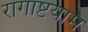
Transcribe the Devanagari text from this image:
रागाष्टयाम